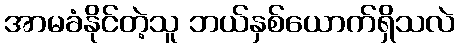
အာမခံနိုင်တဲ့သူ ဘယ်နှစ်ယောက်ရှိသလဲ